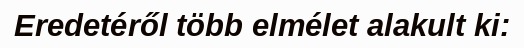
Eredetéről több elmélet alakult ki: